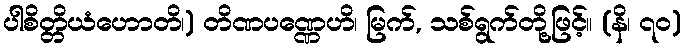
ပါစိတ္တိယံဟောတိ၊) တိဏပဏ္ဏေဟိ၊ မြက်, သစ်ရွက်တို့ဖြင့်။ (နိ၊ ၇၀)